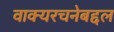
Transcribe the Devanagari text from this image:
वाक्यरचनेबद्दल